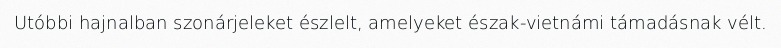
Utóbbi hajnalban szonárjeleket észlelt, amelyeket észak-vietnámi támadásnak vélt.